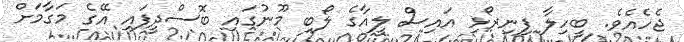
ޖެހެއެވެ. ބީހިލާ ފިނިރޯޅި އައިސް ލީއާގެ ލޯބި މޫނުގައި ބޮސްދީފައި އޭގެ މަގާމަށް